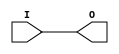
module IBUF(input I, output O);
    assign O = I;
endmodule